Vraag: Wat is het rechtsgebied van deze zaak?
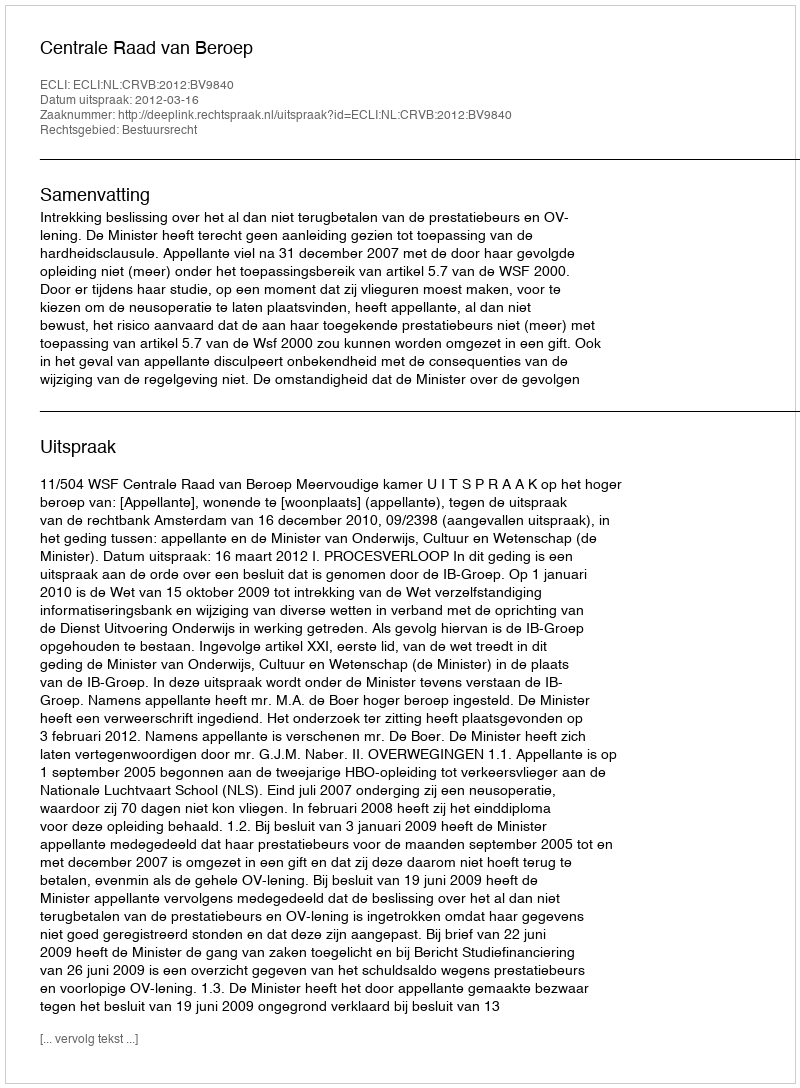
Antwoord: Bestuursrecht